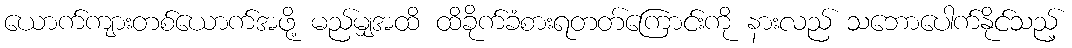
ယောက်ကျားတစ်ယောက်အဖို့ မည်မျှအထိ ထိခိုက်ခံစားရတတ်ကြောင်းကို နားလည် သဘောပေါက်နိုင်သည့်